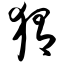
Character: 猬